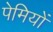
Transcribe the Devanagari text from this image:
पेमियों